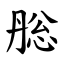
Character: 㥖